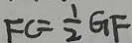
F C = \frac { 1 } { 2 } G F